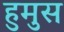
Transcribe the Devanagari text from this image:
हुमुस